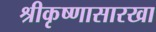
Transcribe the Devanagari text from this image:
श्रीकृष्णासारखा